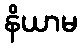
နိယာမ